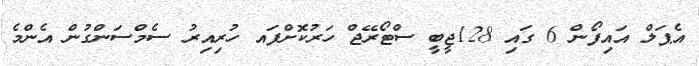
އެޕަލް އައިފޯން 6 ގައި 128ޖީބީ ސްޓޯރޭޖް ހަރުކޮށްފައ ހުރިއިރު ސެމްސަންގުން އެންމެ